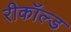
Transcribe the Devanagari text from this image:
रीकॉल्ड